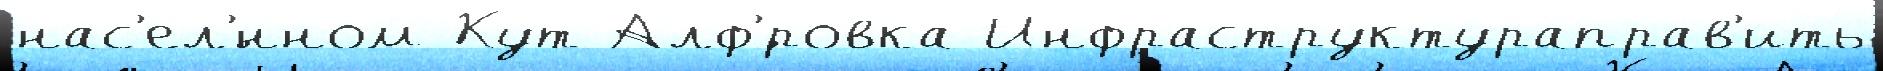
нас'ел'́нном Кут Алф'́ровка Инфраструктураправ'ить